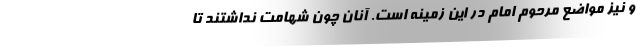
و نیز مواضع مرحوم امام در این زمینه است. آنان چون شهامت نداشتند تا